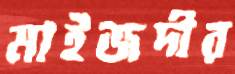
মাইজদীর